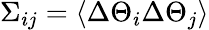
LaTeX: \Sigma_{ij}=\left\langle\Delta\Theta_{i}\Delta\Theta_{j}\right\rangle